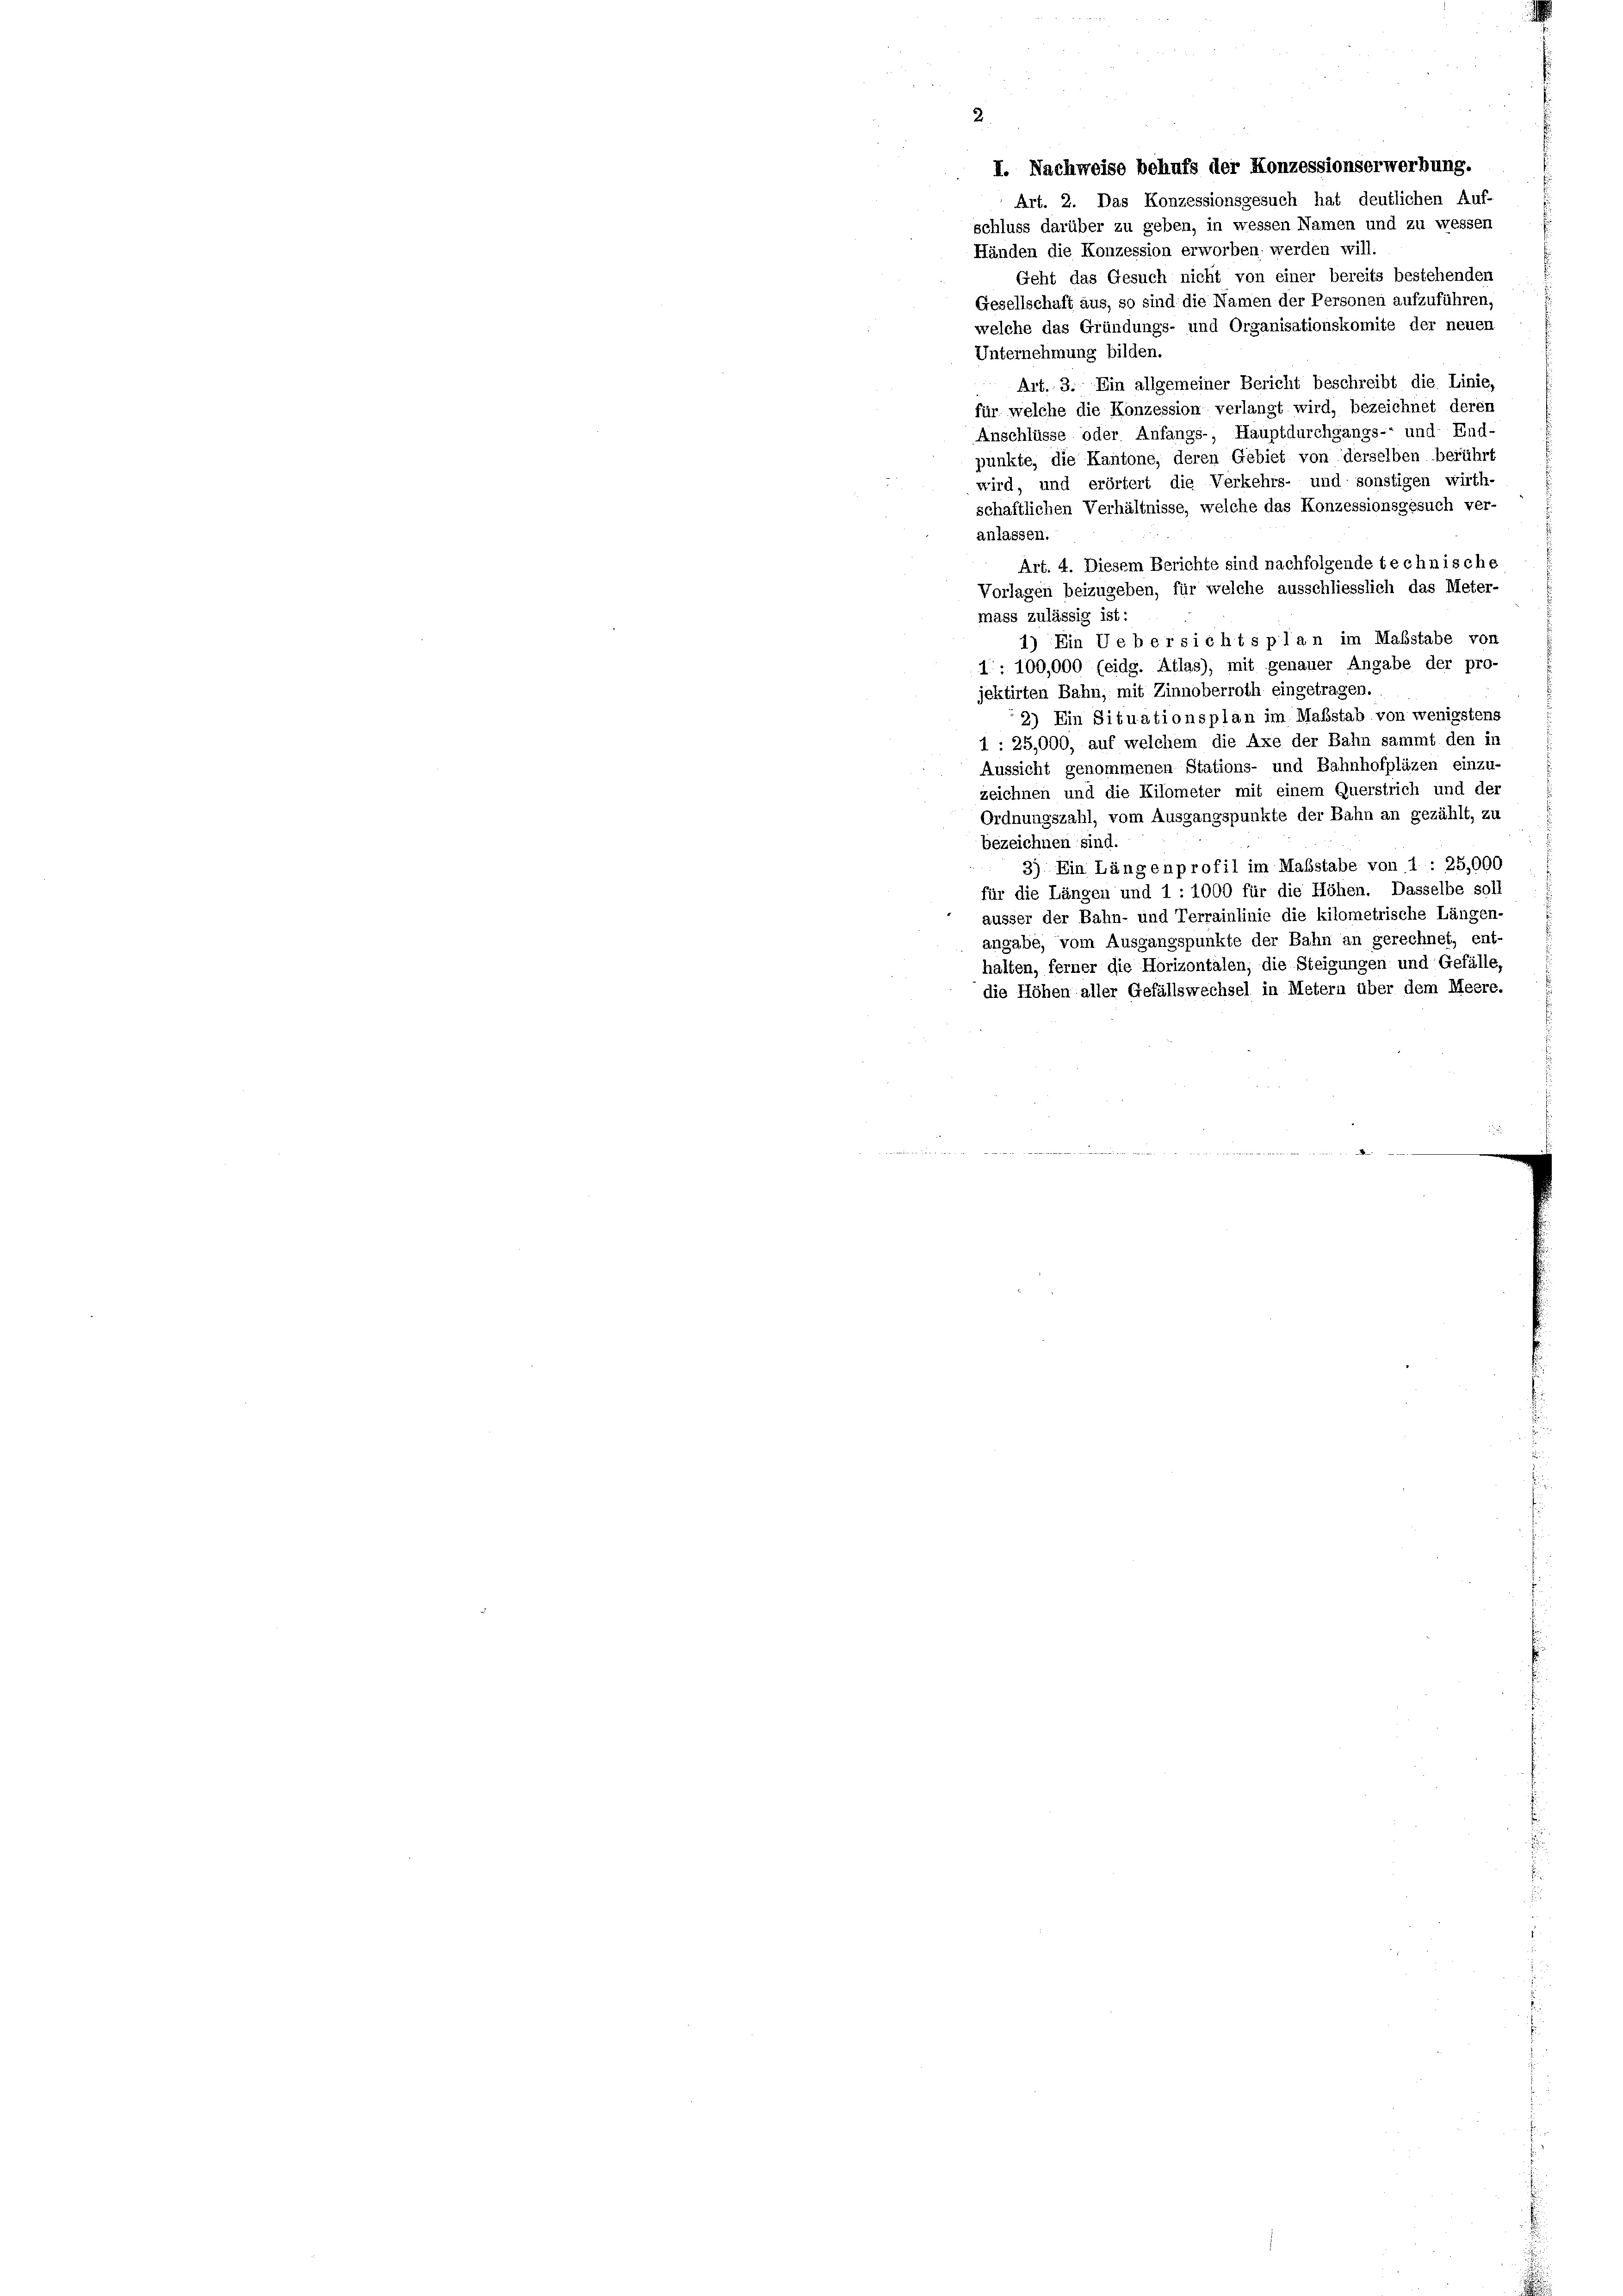
I. Nachweise behufs der Konzessionserwerbung.

Art. 2. Das Konzessionsgesuch hat deutlichen Auf-
schluss darüber zu geben, in wessen Namen und zu wessen
Händen die Konzession erworben: werden will.
Geht das Gesuch nicht von einer bereits bestehenden
Gesellschaft aus, so sind die Namen der Personen aufzuführen,
welche das Gründungs- und Organisationskomite der neuen
Unternehmung bilden.
 Art. 3. Ein allgemeiner Bericht beschreibt die Linie,
für welche die Konzession verlangt wird, bezeichnet deren
Anschlüsse oder Anfangs-, Hauptdurchgangs- und End-
punkte, die Kantone, deren Gebiet von derselben berührt
wird, und erörtert die Verkehrs- und sonstigen wirth-
schaftlichen Verhältnisse, welche das Konzessionsgesuch ver-
anlassen.
Art. 4. Diesem Berichte sind nachfolgende technische
Vorlagen beizugeben, für welche ausschliesslich das Meter-
mass zulässig ist:
1) Ein Uebersichts plan im Maßstabe von
1: 100,000 (eidg. Atlas), mit genauer Angabe der pro-
jektirten Bahn, mit Zinnoberroth eingetragen.
2) Ein Situationsplan im Maßstab von wenigstens
1: 25,000, auf welchem die Axe der Bahn sammt den in
Aussicht genommenen Stations- und Bahnhofpläzen einzu-
zeichnen und die Kilometer mit einem Querstrich und der
Ordnungszahl, vom Ausgangspunkte der Bahn an gezählt, zu
bezeichnen sind.
3) Ein Längenprofil im Maßstabe von 1 : 25,000
für die Längen und 1 : 1000 für die Höhen. Dasselbe soll
äusser der Bahn- und Terrainlinie die kilometrische Längen-
angabe, vom Ausgangspunkte der Bahn an gerechnet, ent-
halten, ferner die Horizontalen, die Steigungen und Gefälle,
die Höhen aller Gefällswechsel in Metern über dem Meere.
e
m